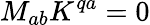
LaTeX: M_{ab}K^{qa}=0